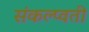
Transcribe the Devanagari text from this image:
संकल्प्वती